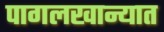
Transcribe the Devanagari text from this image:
पागलखान्यात